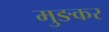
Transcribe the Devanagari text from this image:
मुङकर